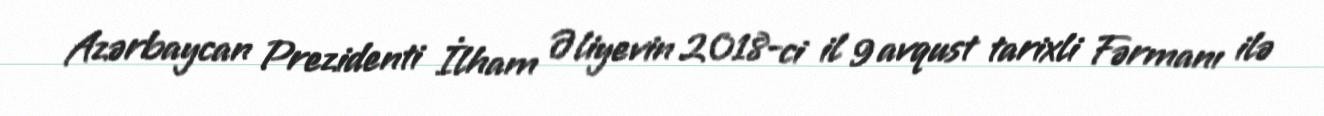
Azərbaycan Prezidenti İlham Əliyevin 2018-ci il 9 avqust tarixli Fərmanı ilə